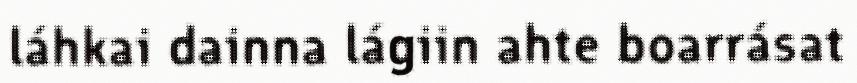
láhkai dainna lágiin ahte boarrásat